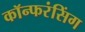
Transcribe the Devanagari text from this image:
कॉन्फरंसिंग